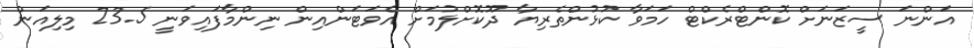
އަންނަ ސީޒަނަށް ކޮންޓްރެކްޓް ހަމަވާ ކުޅުންތެރިޔާ ދޫކޮށްލުމަށް އެވަޓަންއިން ނިންމާފައިވަނީ 23.5 މިލިއަން